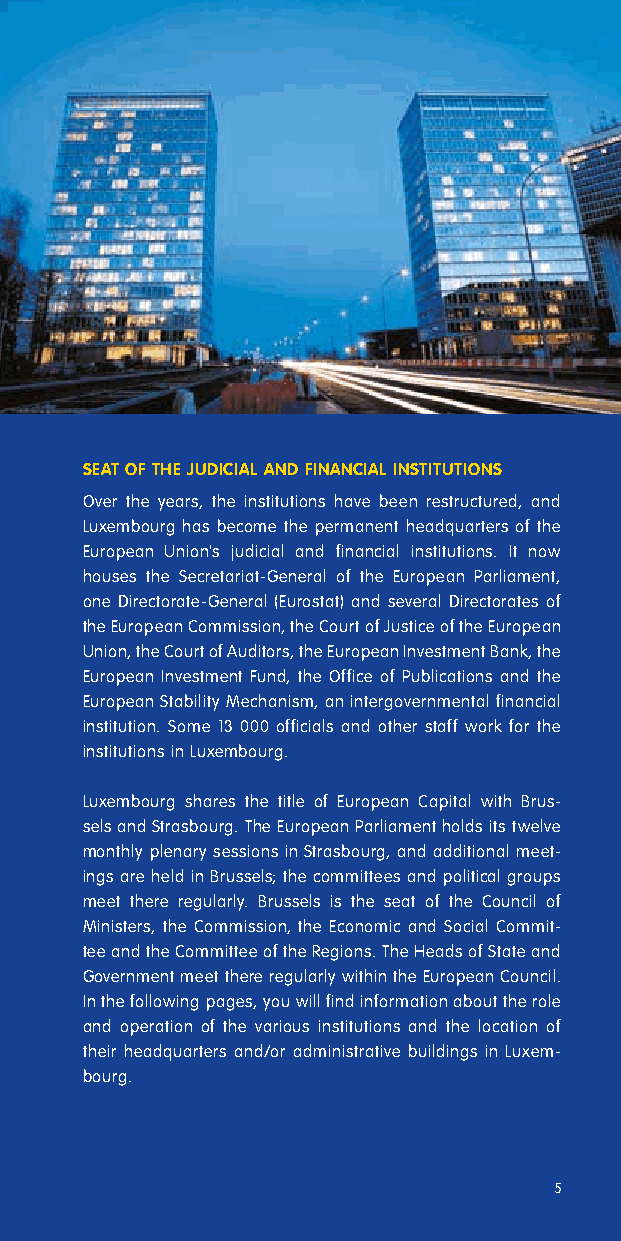
SEAT OF THE JUDICIAL AND FINANCIAL INSTITUTIONS
 Over the years, the institutions have been restructured, and
 Luxembourg has become the permanent headquarters of the
 European Union's judicial and financial institutions. It now
 houses the Secretariat-General of the European Parliament,
 one Directorate-General (Eurostat) and several Directorates of
 the European Commission, the Court of Justice of the European
 Union, the Court of Auditors, the European Investment Bank, the
 European Investment Fund, the Office of Publications and the
 European Stability Mechanism, an intergovernmental financial
 institution. Some 13 000 officials and other staff work for the
 institutions in Luxembourg.
 Luxembourg shares the title of European Capital with Brus-
 sels and Strasbourg. The European Parliament holds its twelve
 monthly plenary sessions in Strasbourg, and additional meet-
 ings are held in Brussels; the committees and political groups
 meet there regularly. Brussels is the seat of the Council of
 Ministers, the Commission, the Economic and Social Commit-
 tee and the Committee of the Regions. The Heads of State and
 Government meet there regularly within the European Council.
 In the following pages, you will find information about the role
 and operation of the various institutions and the location of
 their headquarters and/or administrative buildings in Luxem-
 bourg.
 5